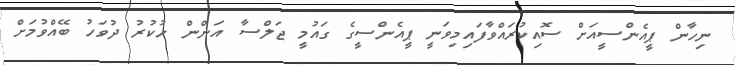
ނިހާން ޕީއެންސީއަށް ސޮއިކުރައްވާފައިމިވަނީ ޕީއެންސީގެ ގައުމީ ޖަލްސާ އަންން ހުކުރު ދުވަހު ބޭއްވުމަށް